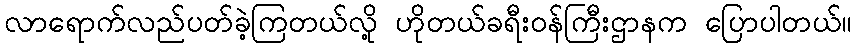
လာရောက်လည်ပတ်ခဲ့ကြတယ်လို့ ဟိုတယ်ခရီးဝန်ကြီးဌာနက ပြောပါတယ်။